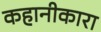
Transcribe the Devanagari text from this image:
कहानीकारा